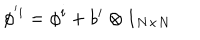
\phi ^ { ' i } = \phi ^ { i } + b ^ { i } \otimes 1 _ { N \times N }